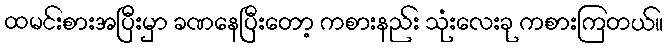
ထမင်းစားအပြီးမှာ ခဏနေပြီးတော့ ကစားနည်း သုံးလေးခု ကစားကြတယ်။